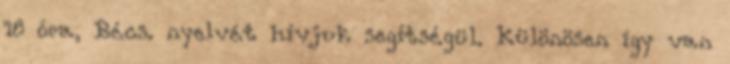
18 óra, Bécs. nyelvét hívjuk segítségül. Különösen így van